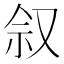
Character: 𪠩